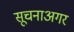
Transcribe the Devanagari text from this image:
सूचनाअगर